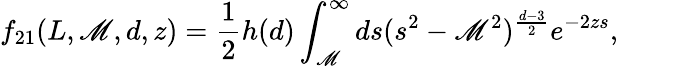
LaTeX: f_{21}(L,\mathscr{M},d,z)=\frac{{1}}{{2}}h(d)\int_{\mathscr{M}}^{\infty}ds(s^{2}-\mathscr{M}^{2})^{\frac{{d-3}}{{2}}}e^{-2zs},\qquad